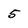
Character: 5